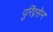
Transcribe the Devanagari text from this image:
पुरिंद्रसेन